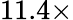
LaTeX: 11.4\times